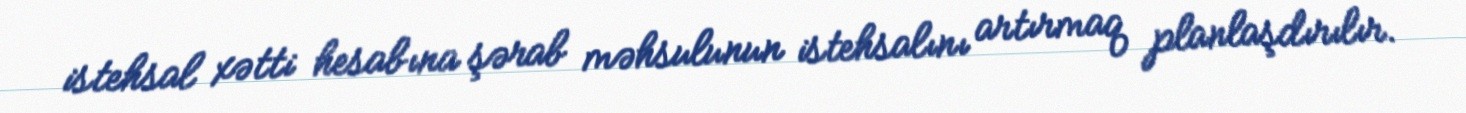
istehsal xətti hesabına şərab məhsulunun istehsalını artırmaq planlaşdırılır.